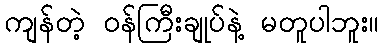
ကျန်တဲ့ ဝန်ကြီးချုပ်နဲ့ မတူပါဘူး။